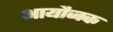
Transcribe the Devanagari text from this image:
आयौजक